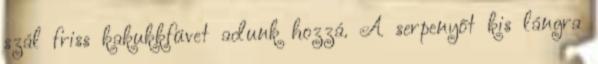
szál friss kakukkfüvet adunk hozzá. A serpenyőt kis lángra